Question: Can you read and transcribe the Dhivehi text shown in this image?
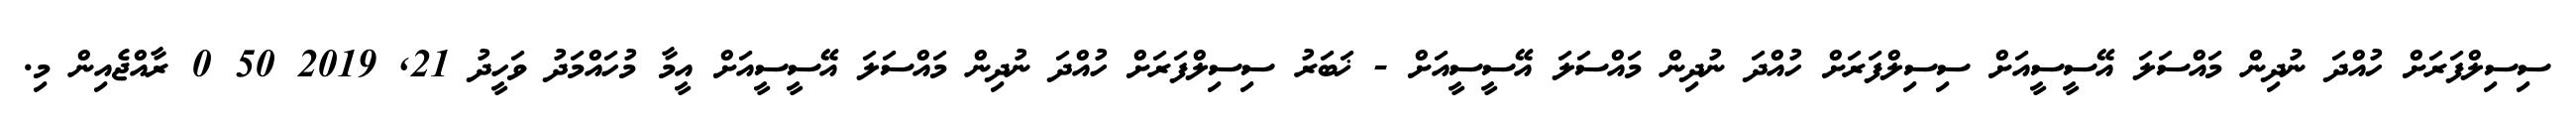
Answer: ސިސިލްފަރަށް ހުއްދަ ނުދިން މައްސަލަ އޭސީސީއަށް ސިސިލްފަރަށް ހުއްދަ ނުދިން މައްސަލަ އޭސީސީއަށް - ޚަބަރު ސިސިލްފަރަށް ހުއްދަ ނުދިން މައްސަލަ އޭސީސީއަށް އީމާ މުހައްމަދު ވަހީދު 21, 2019 50 0 ރާއްޖެއިން މި.